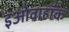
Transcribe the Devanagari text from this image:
इओवाहॉक